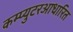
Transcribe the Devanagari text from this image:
कम्प्युटरआधारित